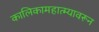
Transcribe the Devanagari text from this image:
कालिकामहात्म्यावरून